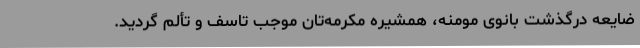
ضایعه درگذشت بانوی مومنه، همشیره مکرمه‌تان موجب تاسف و تألم گردید.